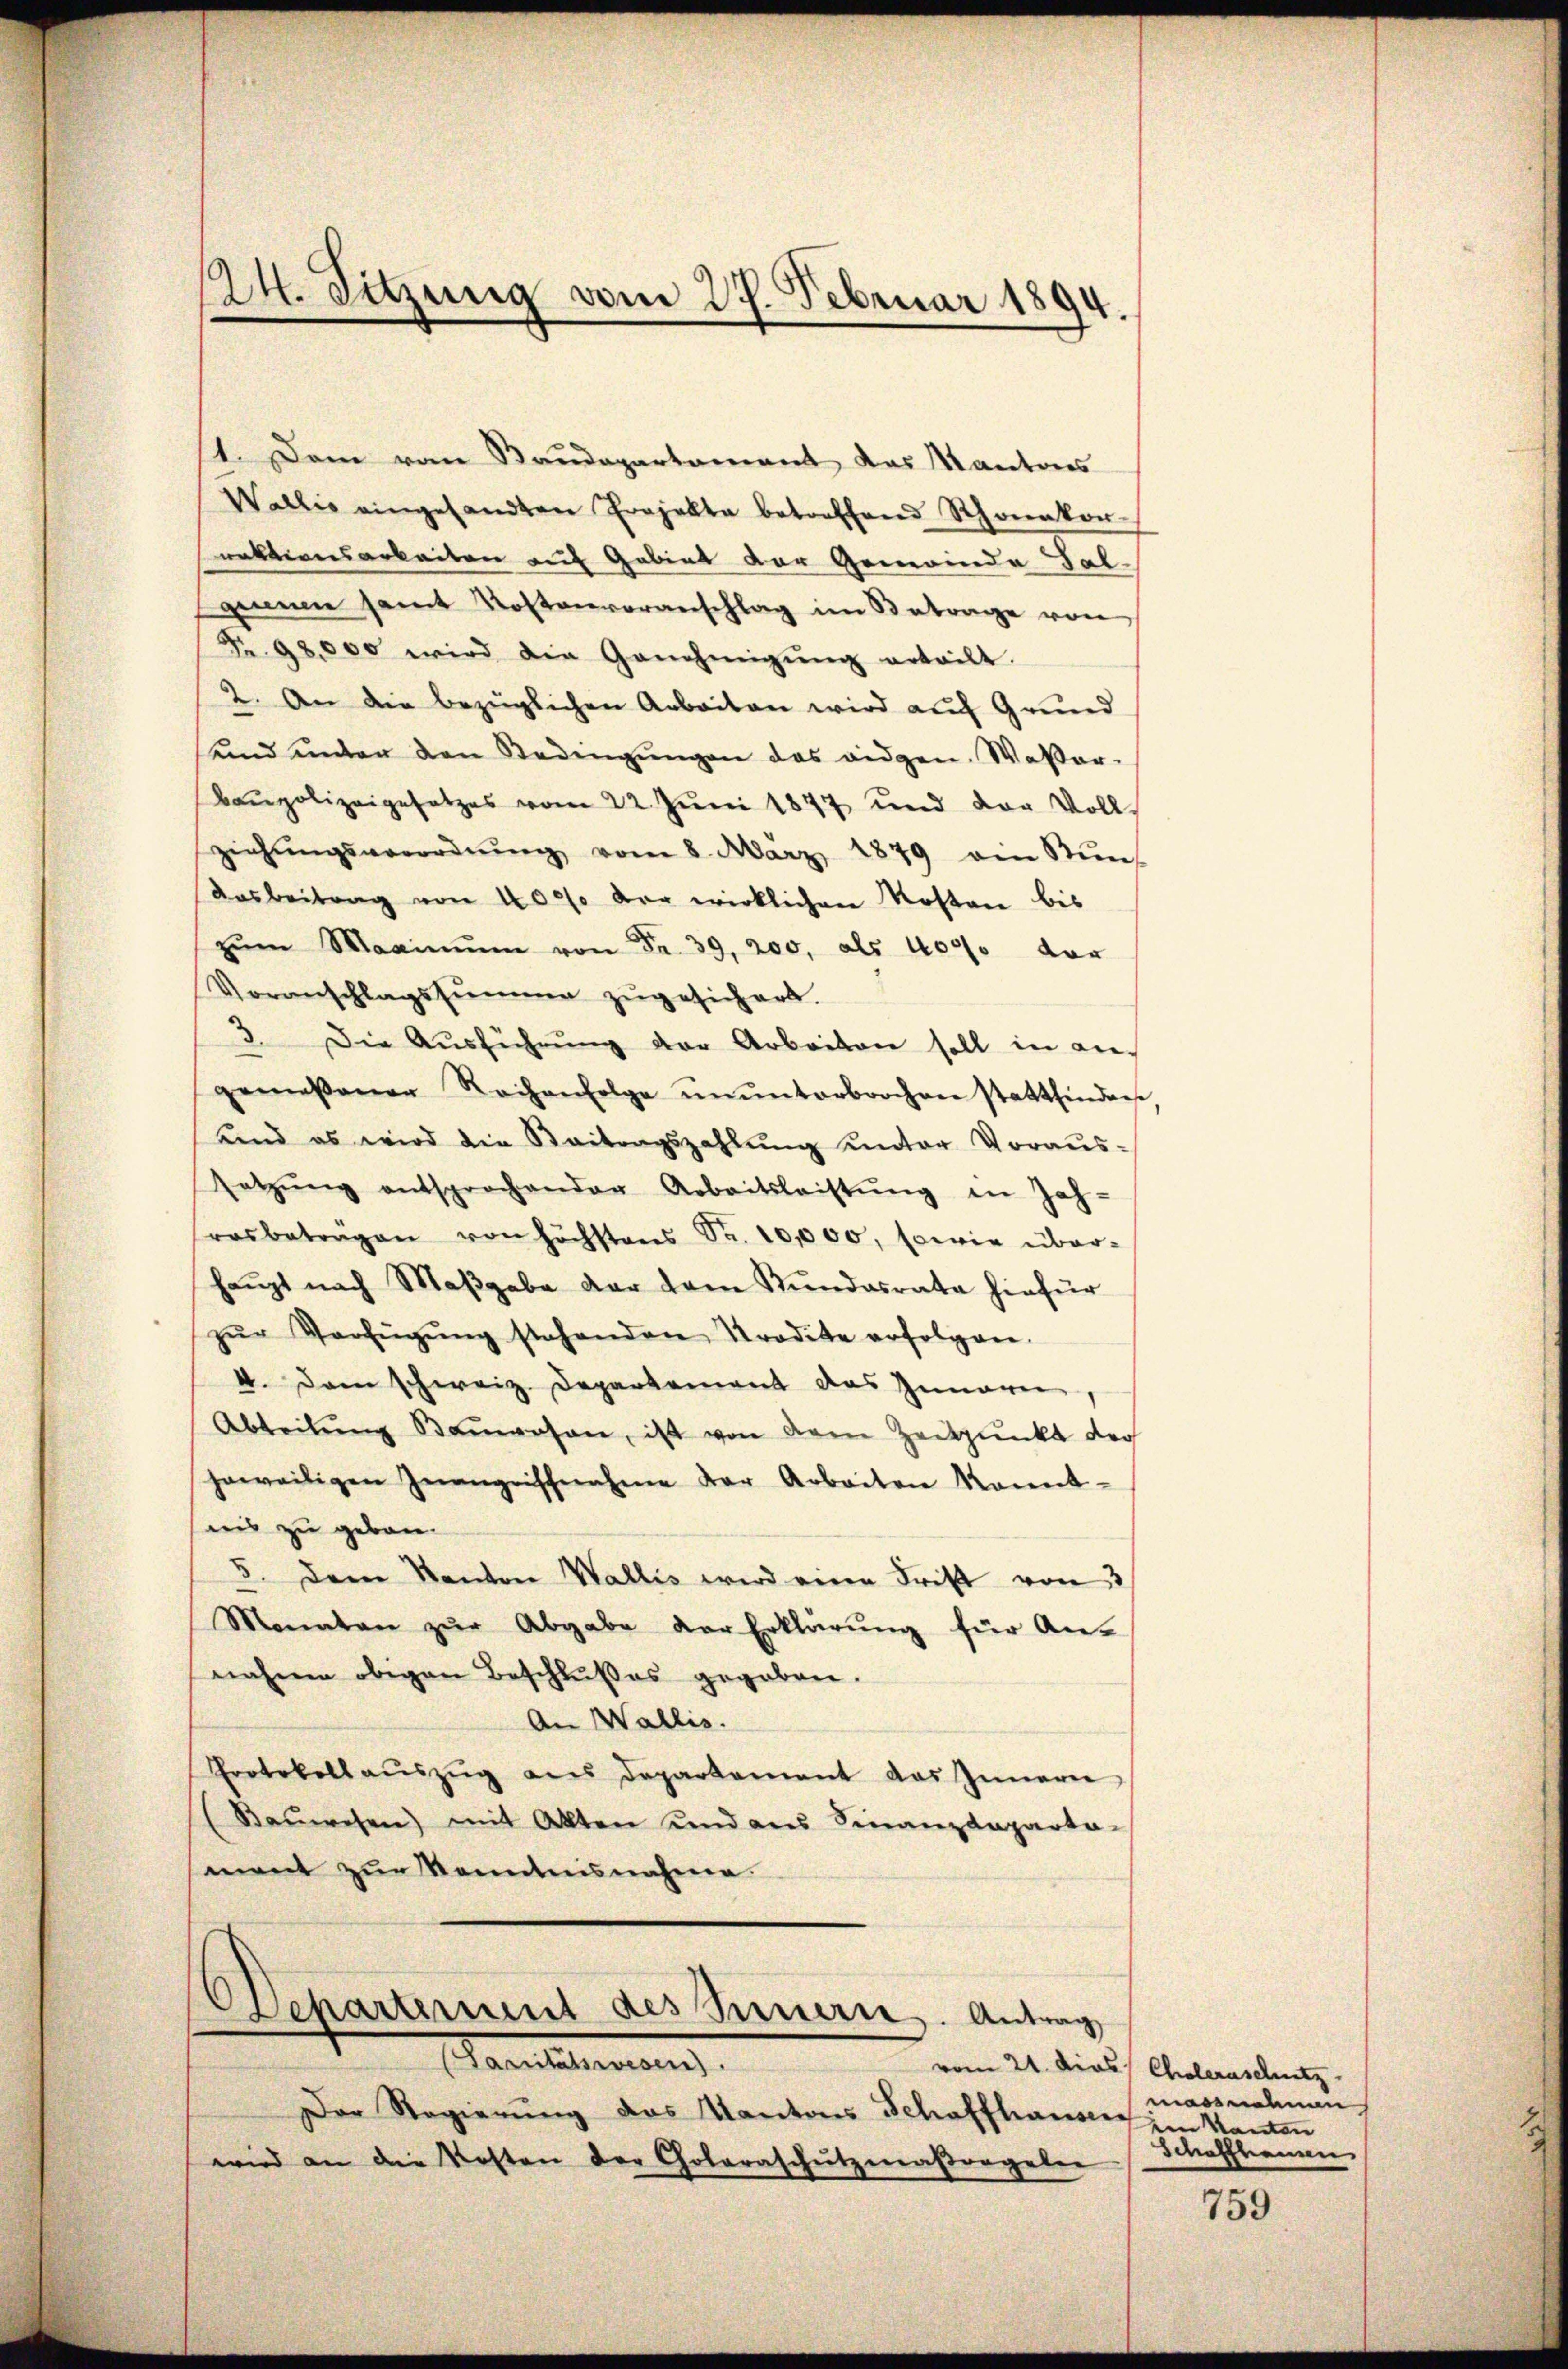
24. Sitzung vom 27. Februar 1894.

1. Dem vom Baudepartamant das Kantons
Wallis eingesandten Projekte betreffend Schreinkornaktionsarbeiten auf Gebiet der Gemeinde Sal-
genen samt Kostenvoranschlag im Betrage von
Nr. 98000 wird die Genehmigŭng erteilt.
2. An die bezüglichen Arbeiten wird auf Grund
unnd inder den Redingŭngen das eidgen. Waßer-
baupolizeigesetzes vom 22. Jŭni 1877 und der Voll-
ziehŭngsverordnŭng vom 8. März 1879 ain Nŭn
Dosbeitrag von 4000 der wirklichen Kosten bis
zŭm Maximŭm von Fr. 39, 200, als 4000 vor
Voranschlagssŭmme zŭgesichert.
3. Die Aŭsführŭng der Arbeiten soll in aus
gemeßener Reihenfolge ŭnŭnterbrochen stattfinden
Kind es wird die Beitragszahlŭng unter Voraus-
setzŭng entsprochender Arbeitsleistŭng in Jah-
rasbetragen von höchstens Fr. 10,000, sowie über-
haupt nach Maβgabe der dem Kundesrata hiefür
zŭr Verfügŭng stehenden Prodite erfolgen.
d. Dann schweiz. Departement das Innern,
Abteilŭng Bamosen, ist von dem Zeitpunkt der
jeweiligen Inangeschnahme der Arbeiten kannt-
reis zu gebau
3. Dem Kanton Wallis wird eine Frist von 3/
Monaten zŭr Abgabe der Erklärŭng für Annahme obigen Beschlußes gegeben.
An Wallis.
Protokoll aŭszŭg ans Departement das Innern
(Baŭwesen) mit Akten und ans Finanzdeparta-
mant zŭr Kenntnisnahme.

ehartement des Innern. Antrag

arstellung
vom 21. dies Choleraschutz
Der Regierŭng des Kantons Schaffhausen
wird an die Kosten der Coleraschutzmaβorgeln

masnehmen
Manten
Schaffhausen

759